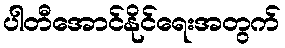
ပါတီအောင်နိုင်ရေးအတွက်